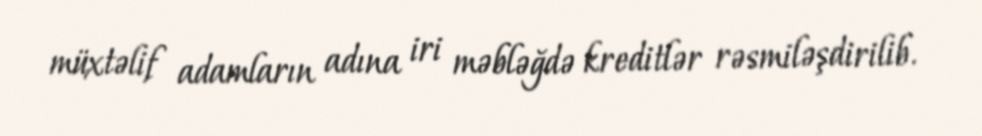
müxtəlif adamların adına iri məbləğdə kreditlər rəsmiləşdirilib.